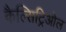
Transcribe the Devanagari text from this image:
कैल्सिट्रिओल